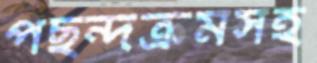
পছন্দক্রমসহ